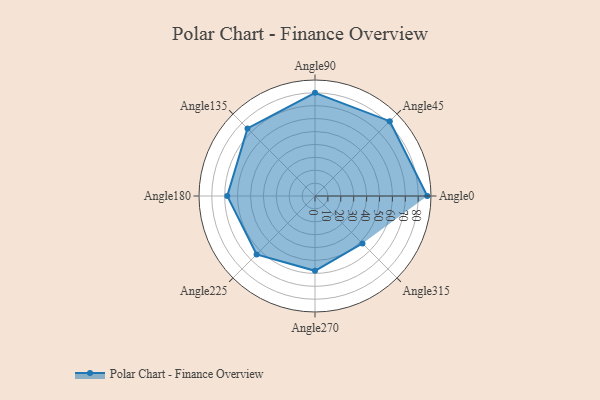
{"axis": {"x": "Angle", "y": "Radius"}, "legend": [""], "data": [{"x": "Angle0", "y": 87.0, "type": ""}, {"x": "Angle45", "y": 82.0, "type": ""}, {"x": "Angle90", "y": 80.0, "type": ""}, {"x": "Angle135", "y": 74.0, "type": ""}, {"x": "Angle180", "y": 68.0, "type": ""}, {"x": "Angle225", "y": 64.0, "type": ""}, {"x": "Angle270", "y": 58.0, "type": ""}, {"x": "Angle315", "y": 52.0, "type": ""}]}